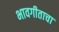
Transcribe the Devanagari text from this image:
भावगीताचा